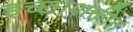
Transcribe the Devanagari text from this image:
इच्छाशक्तीत